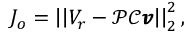
J _ { o } = \left| \left| V _ { r } - \mathcal { P } \mathcal { C } \pmb { v } \right| \right| _ { 2 } ^ { 2 } ,